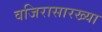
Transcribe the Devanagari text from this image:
वजिरासारख्या